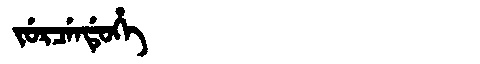
Manchu: ᠵᡠᡵᠴᡝᠨᡩᡠᡥᡝ
Romanization: JURCENDUHE